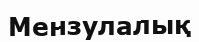
Мензулалық